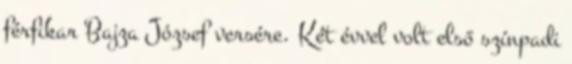
férfikar Bajza József versére. Két évvel volt első színpadi